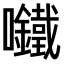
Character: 𫬾